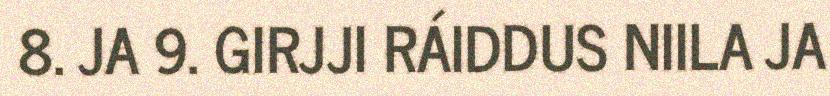
8. JA 9. GIRJJI RÁIDDUS NIILA JA